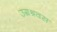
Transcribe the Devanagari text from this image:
उग्रश्रवस